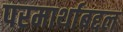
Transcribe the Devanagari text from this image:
परमार्थाबद्दल